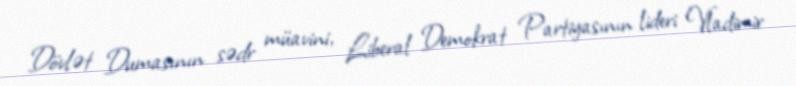
Dövlət Dumasının sədr müavini, Liberal Demokrat Partiyasının lideri Vladimir